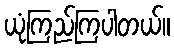
ယုံကြည်ကြပါတယ်။